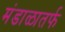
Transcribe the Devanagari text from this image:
मंडाळातर्फ